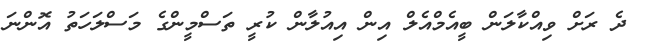
ދެ ރަށް ވިއްކާލަން ބީއެމްއެލް އިން އިއުލާން ކުރީ ތަސްމީންގެ މަސްލަހަތު އޮންނަ